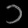
Digit: ၁